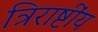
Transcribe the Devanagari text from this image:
त्रिराष्टींय